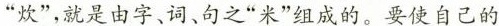
”炊”，就是由字、词、句之”米”组成的。要使自己的